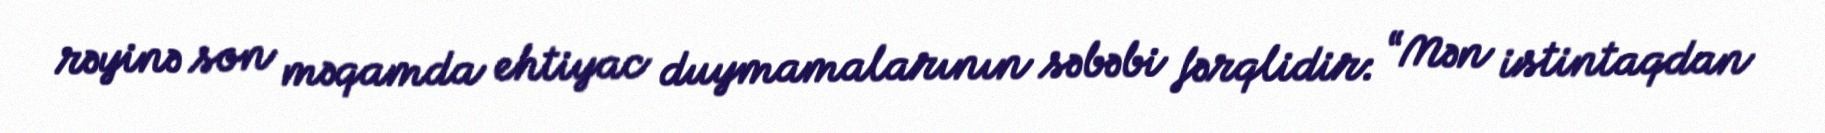
rəyinə son məqamda ehtiyac duymamalarının səbəbi fərqlidir: “Mən istintaqdan